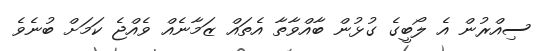
ސިއްރުން އެ ލޯބީގެ ގުޅުން ބާއްވާތާ އެތައް ޒަމާނެއް ވެއްޖެ ކަމަށް ބުނެވެ